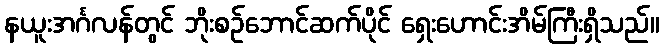
နယူးအင်္ဂလန်တွင် ဘိုးစဉ်ဘောင်ဆက်ပိုင် ရှေးဟောင်းအိမ်ကြီးရှိသည်။